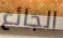
الجائع